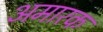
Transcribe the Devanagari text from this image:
अमारक